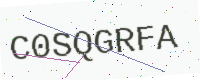
Text: C0SQGRFA